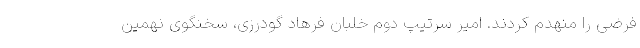
فرضی را منهدم کردند. امیر سرتیپ دوم خلبان فرهاد گودرزی، سخنگوی نهمین